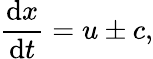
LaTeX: {\frac{\mathrm{d}x}{\mathrm{d}t}}=u\pm c,